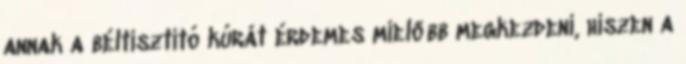
annak a béltisztító kúrát érdemes mielőbb megkezdeni, hiszen a